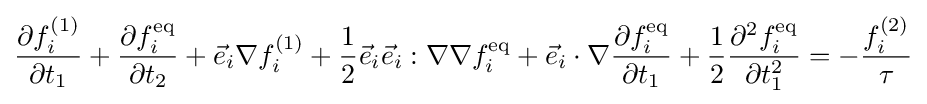
{\frac {\partial f_{i}^{(1)}}{\partial t_{1}}}+{\frac {\partial f_{i}^{\text{eq}}}{\partial t_{2}}}+{\vec {e}}_{i}\nabla f_{i}^{(1)}+{\frac {1}{2}}{\vec {e}}_{i}{\vec {e}}_{i}:\nabla \nabla f_{i}^{\text{eq}}+{\vec {e}}_{i}\cdot \nabla {\frac {\partial f_{i}^{\text{eq}}}{\partial t_{1}}}+{\frac {1}{2}}{\frac {\partial ^{2}f_{i}^{\text{eq}}}{\partial t_{1}^{2}}}=-{\frac {f_{i}^{(2)}}{\tau }}